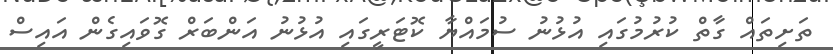
ތަށިތައް ގާތް ކުރުމުގައި އުޅުނު ސުމައްޔާ ކޮޓަރީގައި އުޅުނު އަންބަރް ގޮވައިގެން އައިސް